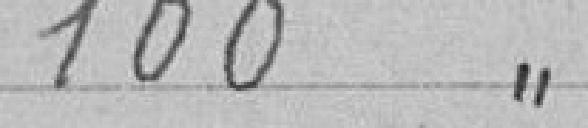
100 "